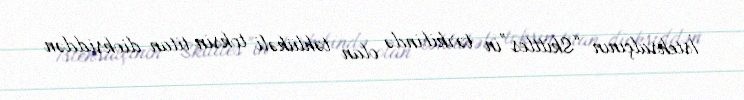
İstehsalçının “Skittles”in tərkibində olan təhlükəli toksin titan dioksiddən